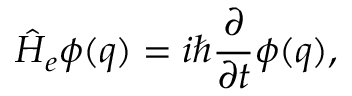
\hat { H } _ { e } \phi ( q ) = i \hbar \frac { \partial } { \partial t } \phi ( q ) ,